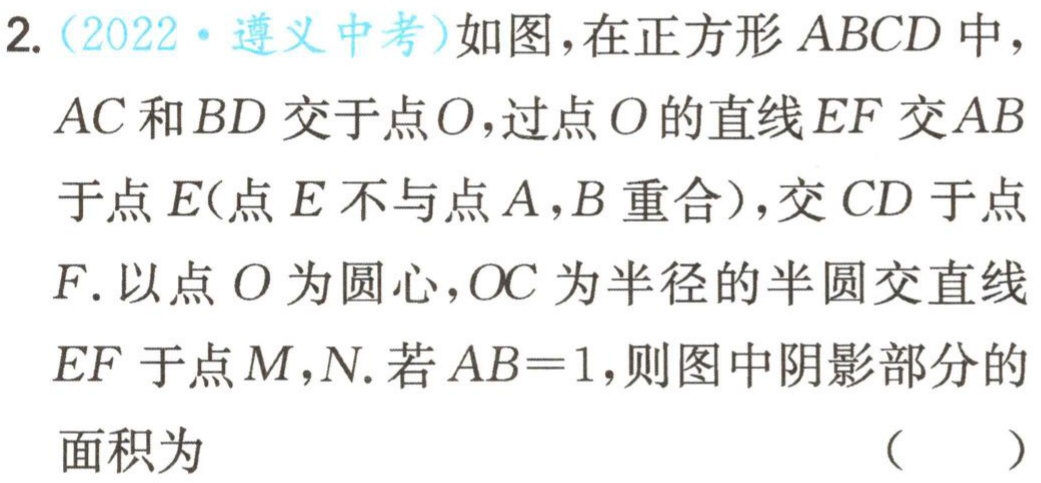
2.（2022·遵义中考）如图，在正方形\(ABCD\)中，\(AC\)和\(BD\)交于点\(O\)，过点\(O\)的直线\(EF\)交\(AB\)于点\(E\)（点\(E\)不与点\(A\)，\(B\)重合），交\(CD\)于点\(F\). 以点\(O\)为圆心，\(OC\)为半径的半圆交直线\(EF\)于点\(M\)，\(N\). 若\(AB = 1\)，则图中阴影部分的面积为 （  ）